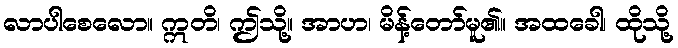
လာပါစေလော။ ဣတိ၊ ဤသို့။ အာဟ၊ မိန့်တော်မူ၏။ အထခေါ၊ ထိုသို့